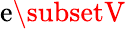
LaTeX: \mathrm{e}\subsetV